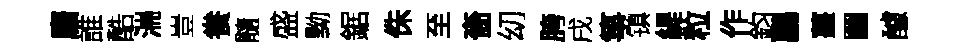
麕誰酷湍豈飬髓盛黝鋸侏至嗇㓜胯戌箏镇緹粒作鈞鸝薑圗醵